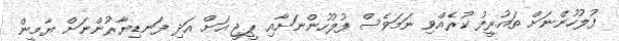
ފުލުހުންނަށް ތައުރީފު ކުރެއްވި ނަމަވެސް ފުލުުހުންނަށާއި ޕީޖީ އަށް އަދި ފަނޑިޔާރުންނަށް ޔާމީން